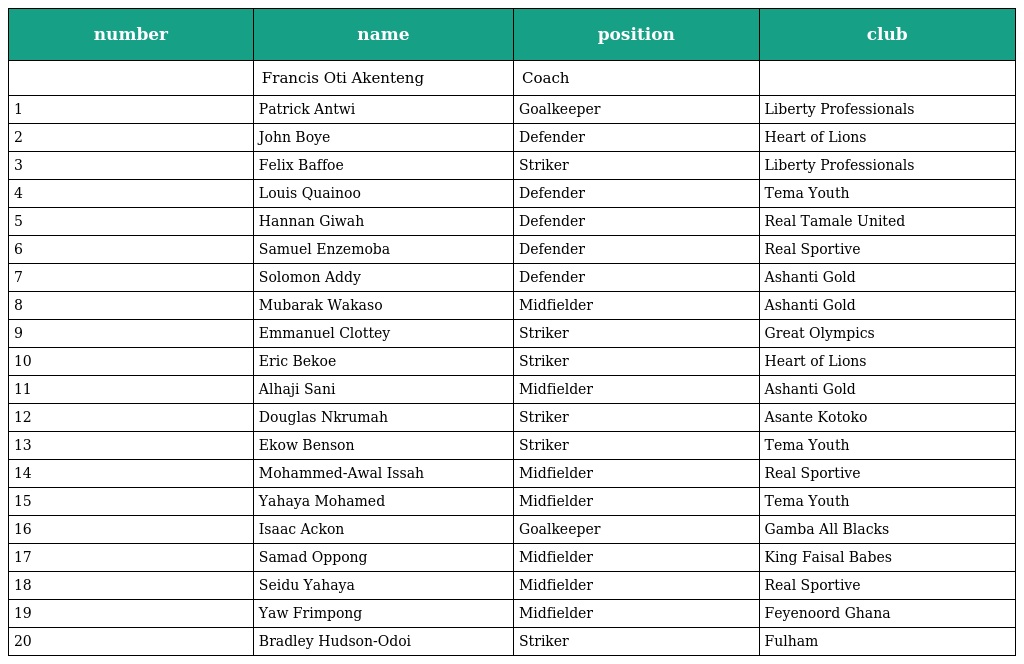
| number | name | position | club |
 | --- | --- | --- | --- |
 |  | Francis Oti Akenteng | Coach |  |
 | 1 | Patrick Antwi | Goalkeeper | Liberty Professionals |
 | 2 | John Boye | Defender | Heart of Lions |
 | 3 | Felix Baffoe | Striker | Liberty Professionals |
 | 4 | Louis Quainoo | Defender | Tema Youth |
 | 5 | Hannan Giwah | Defender | Real Tamale United |
 | 6 | Samuel Enzemoba | Defender | Real Sportive |
 | 7 | Solomon Addy | Defender | Ashanti Gold |
 | 8 | Mubarak Wakaso | Midfielder | Ashanti Gold |
 | 9 | Emmanuel Clottey | Striker | Great Olympics |
 | 10 | Eric Bekoe | Striker | Heart of Lions |
 | 11 | Alhaji Sani | Midfielder | Ashanti Gold |
 | 12 | Douglas Nkrumah | Striker | Asante Kotoko |
 | 13 | Ekow Benson | Striker | Tema Youth |
 | 14 | Mohammed-Awal Issah | Midfielder | Real Sportive |
 | 15 | Yahaya Mohamed | Midfielder | Tema Youth |
 | 16 | Isaac Ackon | Goalkeeper | Gamba All Blacks |
 | 17 | Samad Oppong | Midfielder | King Faisal Babes |
 | 18 | Seidu Yahaya | Midfielder | Real Sportive |
 | 19 | Yaw Frimpong | Midfielder | Feyenoord Ghana |
 | 20 | Bradley Hudson-Odoi | Striker | Fulham |